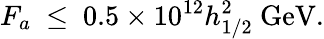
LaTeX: F_{a}\ \le\ 0.5\times 10^{12}h_{1/2}^{2}\ \mathrm{GeV.}